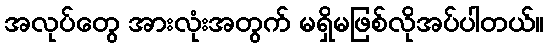
အလုပ်တွေ အားလုံးအတွက် မရှိမဖြစ်လိုအပ်ပါတယ်။